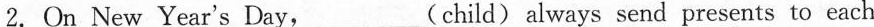
2.On New Year's Day,___(child) always send presents to each